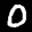
Label: 0